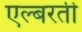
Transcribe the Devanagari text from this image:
एल्बरती